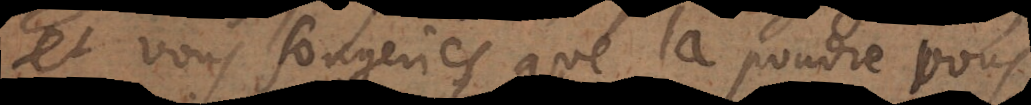
et vous songeriés que la poudre vous